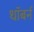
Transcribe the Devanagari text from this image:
थॉबर्न